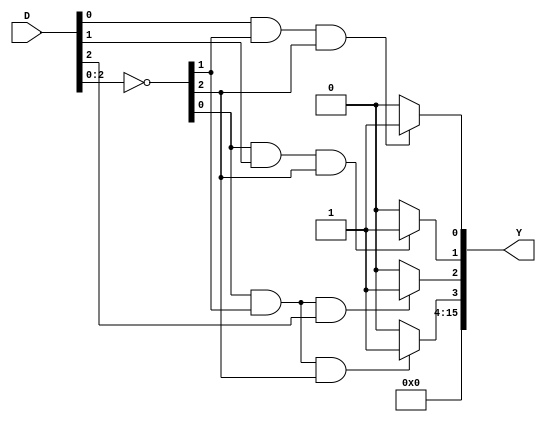
module demux_4to16 (
  input [3:0] D,
  output [15:0] Y
);

wire [3:0] notD;
wire [15:0] sel;

assign notD = ~D;
assign sel = {notD[0] & notD[1] & notD[2],  notD[0] & notD[1] & D[2],  notD[0] & D[1] & notD[2],  D[0] & notD[1] & notD[2]};

assign Y[0] = sel[0] ? 1'b1 : 1'b0;
assign Y[1] = sel[1] ? 1'b1 : 1'b0;
assign Y[2] = sel[2] ? 1'b1 : 1'b0;
assign Y[3] = sel[3] ? 1'b1 : 1'b0;
assign Y[4] = sel[4] ? 1'b1 : 1'b0;
assign Y[5] = sel[5] ? 1'b1 : 1'b0;
assign Y[6] = sel[6] ? 1'b1 : 1'b0;
assign Y[7] = sel[7] ? 1'b1 : 1'b0;
assign Y[8] = sel[8] ? 1'b1 : 1'b0;
assign Y[9] = sel[9] ? 1'b1 : 1'b0;
assign Y[10] = sel[10] ? 1'b1 : 1'b0;
assign Y[11] = sel[11] ? 1'b1 : 1'b0;
assign Y[12] = sel[12] ? 1'b1 : 1'b0;
assign Y[13] = sel[13] ? 1'b1 : 1'b0;
assign Y[14] = sel[14] ? 1'b1 : 1'b0;
assign Y[15] = sel[15] ? 1'b1 : 1'b0;

endmodule